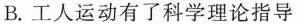
B.工人运动有了科学理论指导